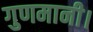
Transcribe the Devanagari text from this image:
गुणमानी।